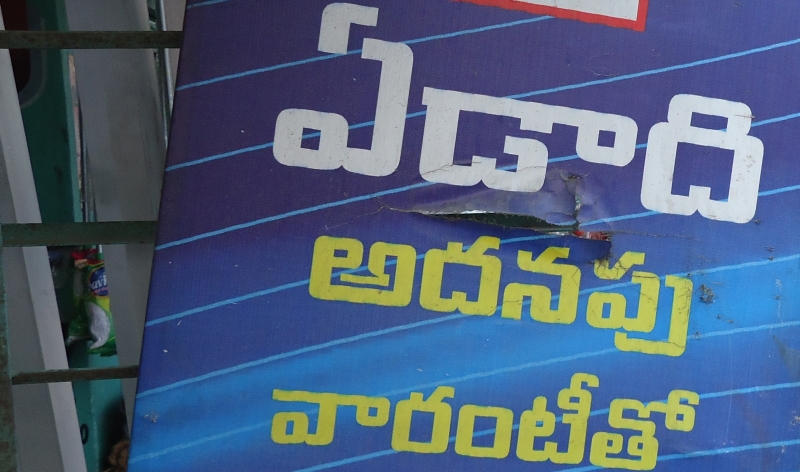
Language: telugu
Transcription: ఏడాది వారంటీతో అదనపు